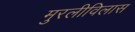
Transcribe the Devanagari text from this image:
मुरलीविलास